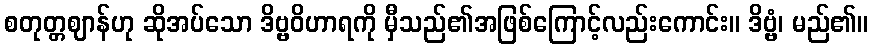
စတုတ္တဈာန်ဟု ဆိုအပ်သော ဒိဗ္ဗဝိဟာရကို မှီသည်၏အဖြစ်ကြောင့်လည်းကောင်း။ ဒိဗ္ဗံ၊ မည်၏။